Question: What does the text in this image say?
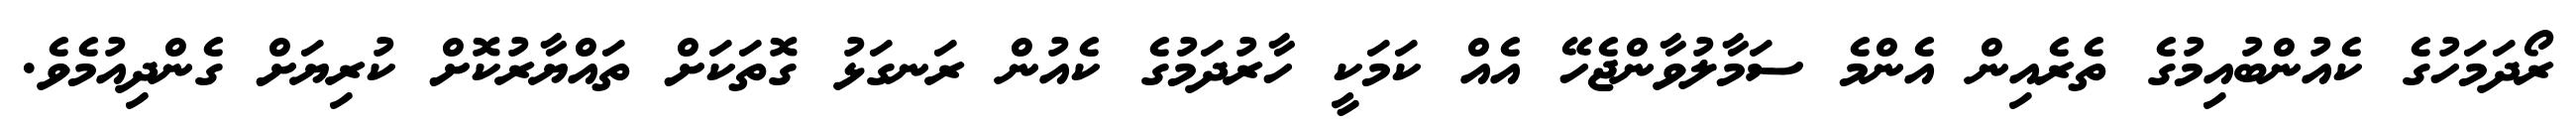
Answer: ރޯދަމަހުގެ ކެއުންބުއިމުގެ ތެރެއިން އެންމެ ސަމާލުވާންޖެހޭ އެއް ކަމަކީ ހާރުދަމުގެ ކެއުން ރަނގަޅު ގޮތަކަށް ތައްޔާރުކޮށް ކުރިޔަށް ގެންދިއުމެވެ.